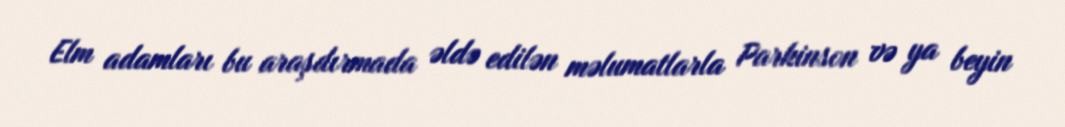
Elm adamları bu araşdırmada əldə edilən məlumatlarla Parkinson və ya beyin